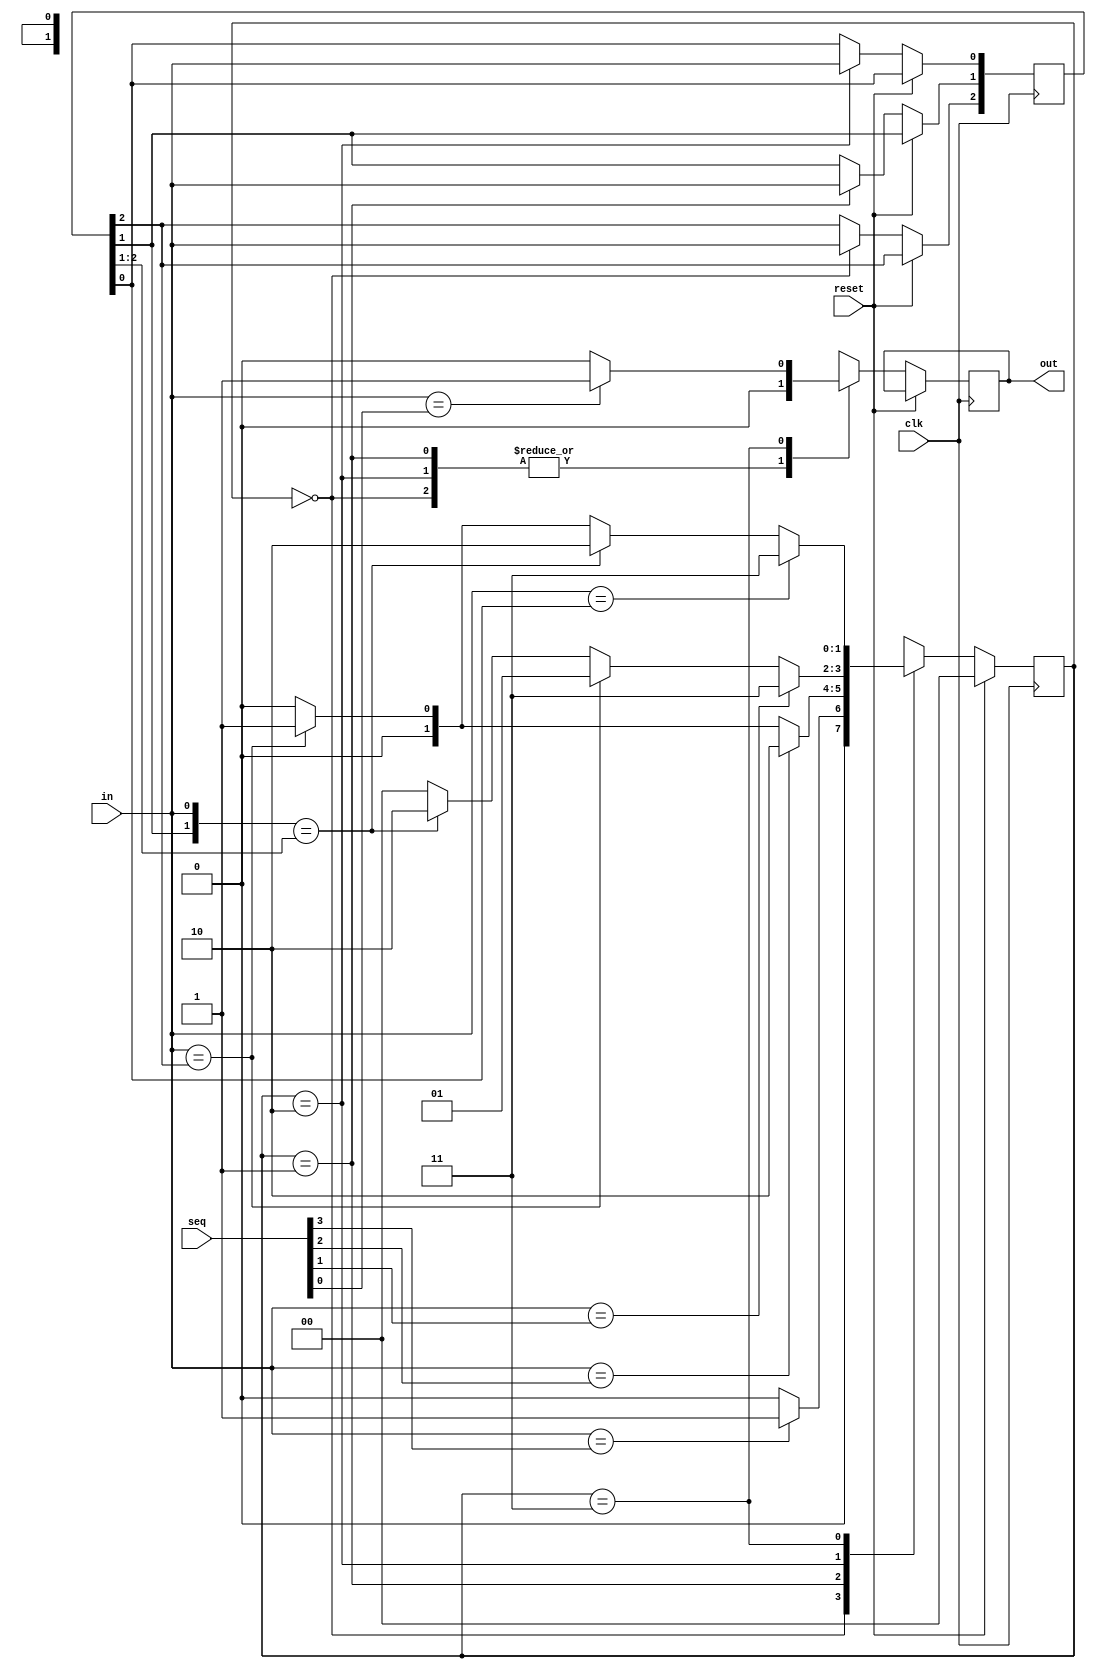
module gen_fsm (
	input in,
	input clk,
	input reset,
	input [3:0]seq,
	output out
	);

parameter s0 =0, s1 =1 , s2 = 2 , s3 = 3;
reg [1:0]state;

reg [2:0] temp;
reg flag;

always@(posedge clk)
if(reset)
begin
	state <= 0;
end
else
case(state)

s0 : begin
		flag <= 0;
		temp[2] <= in;
		state <= ( in == seq[3] ) ? s1 :s0;
	 end
s1 : begin
		flag <= 0;
		temp[1] <= in;
		if(in == seq[2])
			state <= s2;
		else if (in == temp[2])
			state <= s1;
		else
			state <= s0;
	 end

s2 : begin
		flag <= 0;
		temp[0] <= in;
		if(in == seq[1])
			state <= s3;
		else if (in == temp[2])
			state <= s1;
		else if ({temp[1],in} == {temp[2],temp[1]})
			state <= s2;
		else
			state <= s0;
	 end

s3 : begin
		flag <= ( in == seq[0] ) ? 1 :0;
		if({temp[2],temp[1],in} == {temp[2],temp[1],temp[0]})
			state <= s3;
		else if ({temp[1],in} == {temp[2],temp[1]})
			state <= s2;
		else if (in == temp[2])
			state <= s1;
		else begin
			state <= s0;
		end	
	 end

default : state <= s0;

endcase

assign out = flag;

endmodule